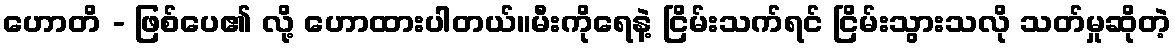
ဟောတိ - ဖြစ်ပေ၏ လို့ ဟောထားပါတယ်။မီးကိုရေနဲ့ ငြိမ်းသက်ရင် ငြိမ်းသွားသလို သတ်မှုဆိုတဲ့